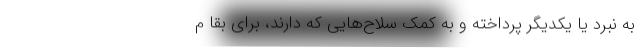
به نبرد یا یکدیگر پرداخته و به کمک سلاح‌هایی که دارند، برای بقا م